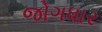
જોગધાર